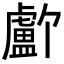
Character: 𬐸